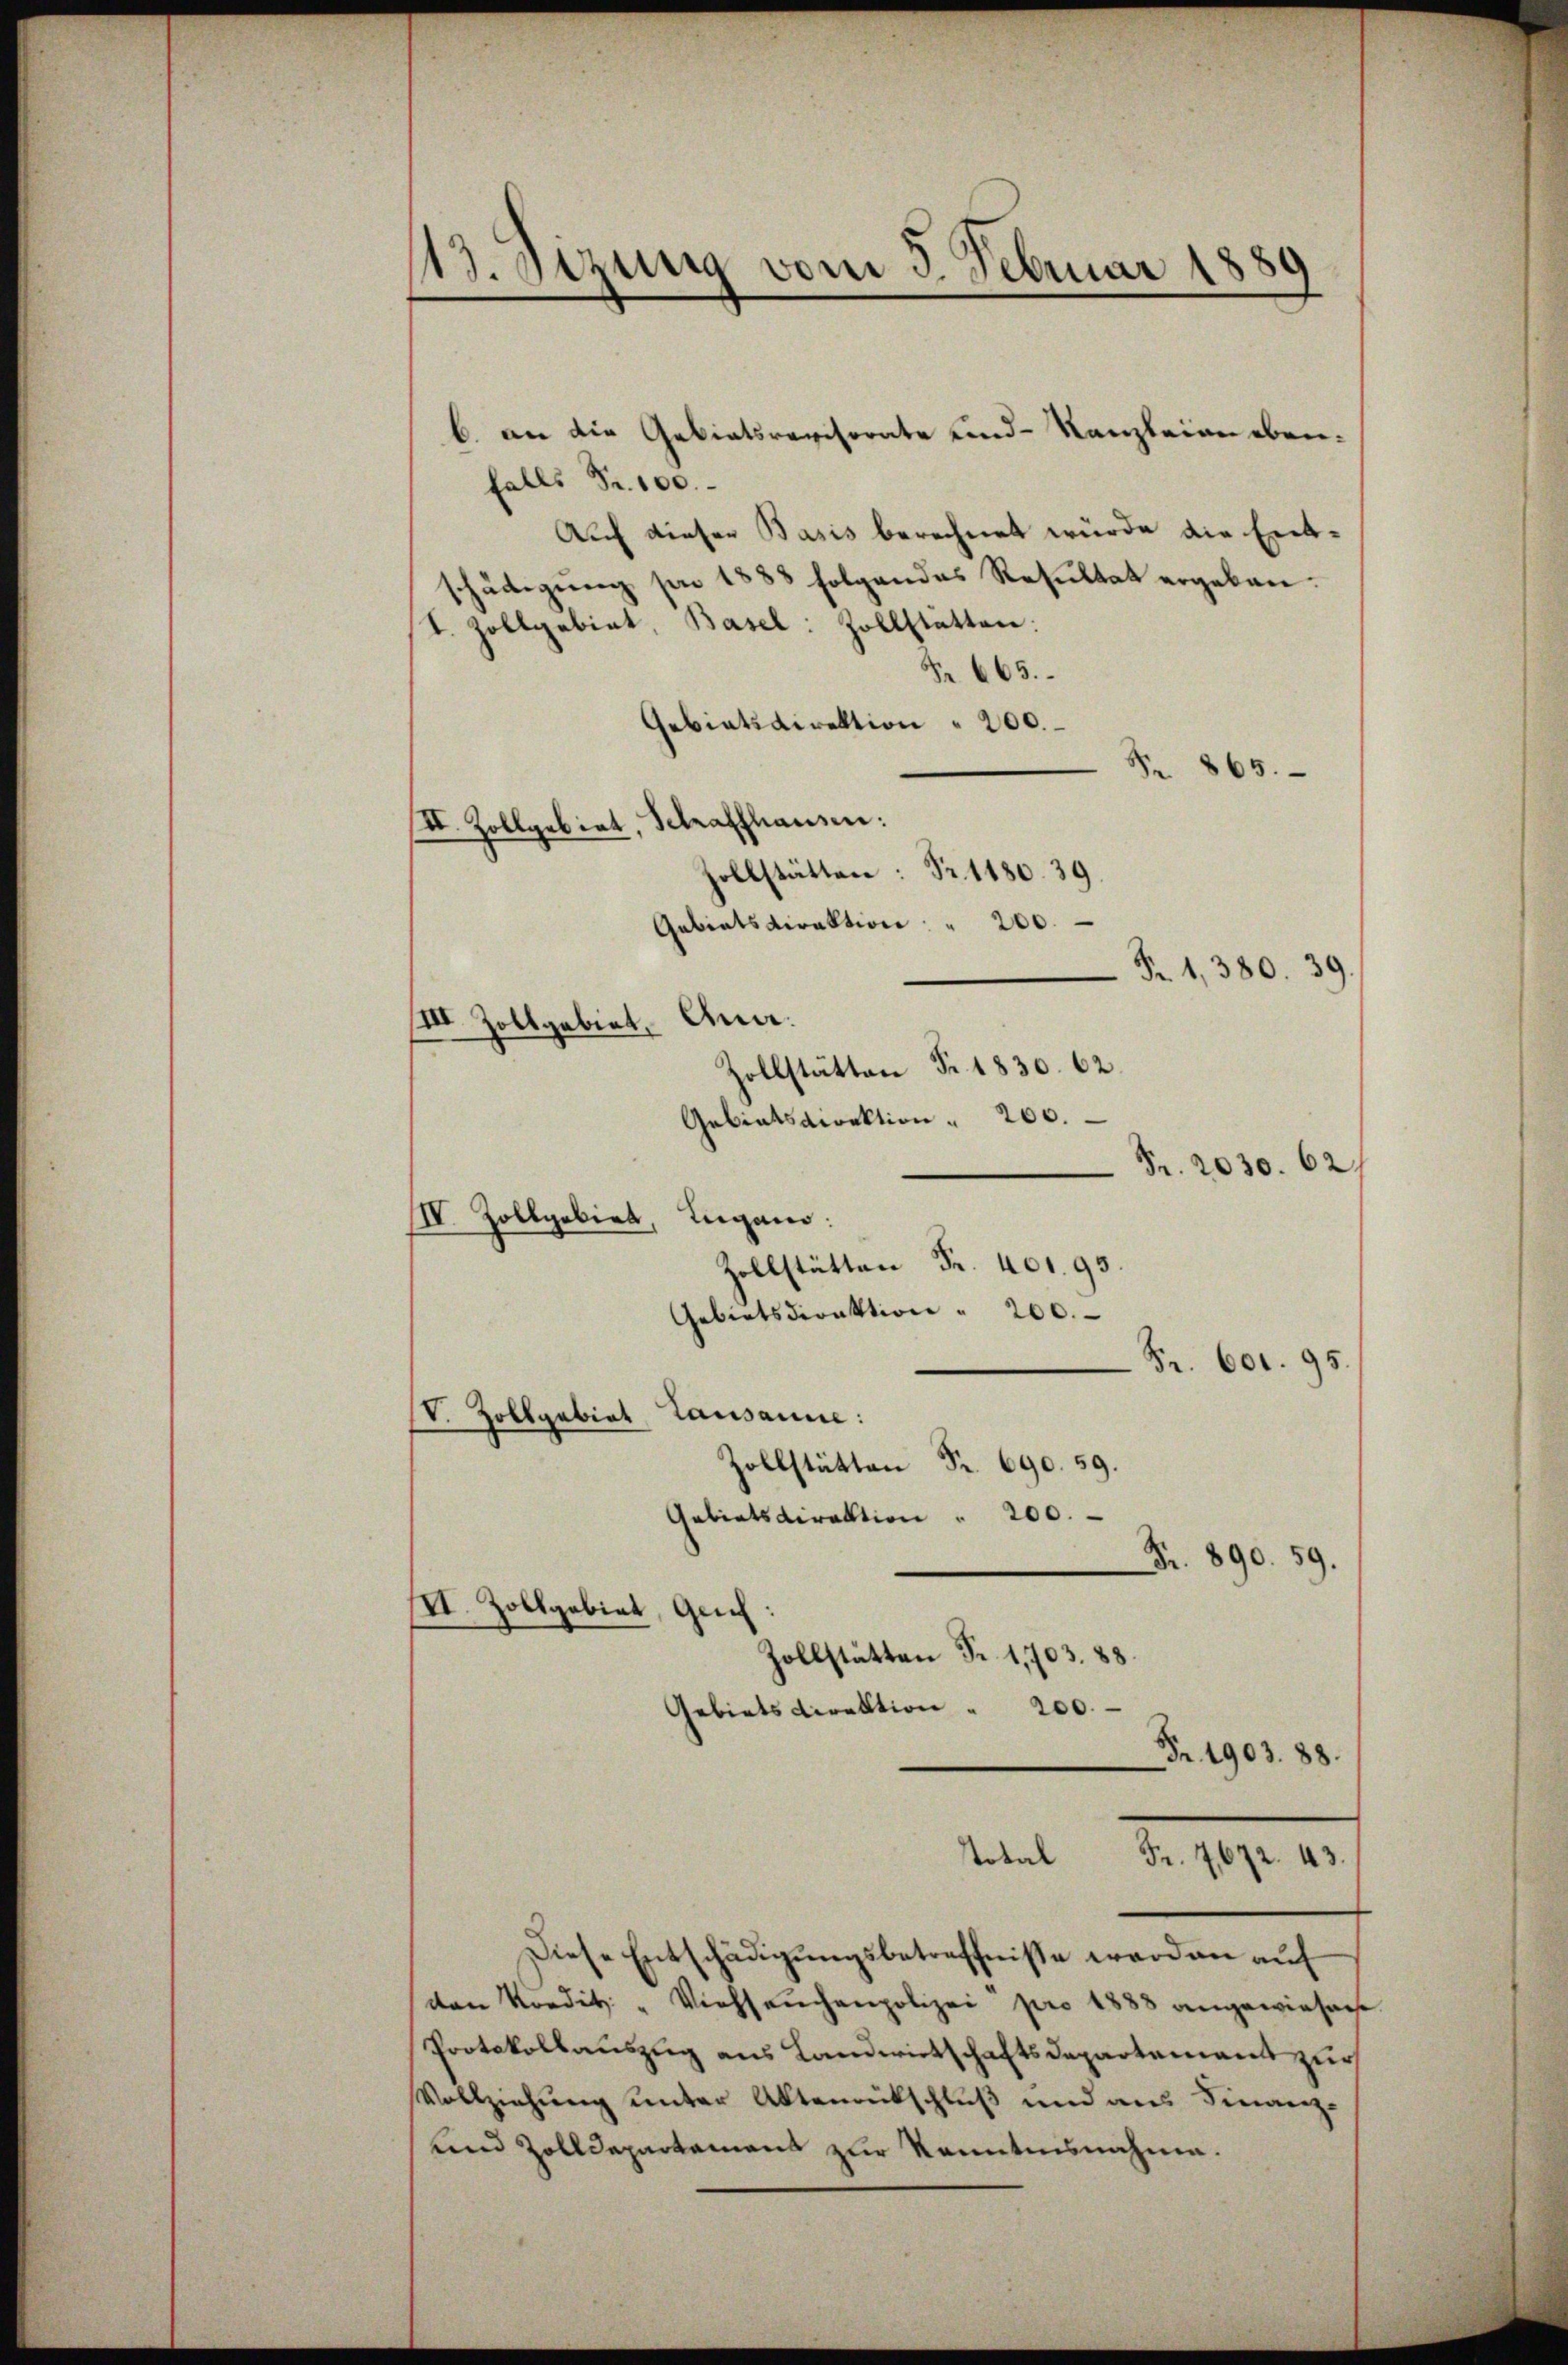
b. an die Gebietsrevisorate und Kanzleien eben.
falls Fr. 100.
Auf dieser Basis berechnet würde die Entschädigung pro 1888 folgendes Resultat ergeben.
I. Zollgebiet, Basel: Zollstätten:
S. 665.
Gebietsdirektion 200.
865.
II. Zollgebiet, Schraffhausen:
Zollstätten: Nr. 1180. 39.
Gebietsdirektion: " 200.
Ana.
III. Zollgabirt.
Zollstätten Fr. 1830. 62.
Gebietsdirektion " 200.
IIV. Zollgobirt, Lugano.
Zollstätten Fr. 401. 95.
Gebietsdirektion " 200.
V. Zollgabiat Lausanne:
Zollstätten Fr. 690. 59.
Gebietsdirektion " 200.
Fr. 890. 59.
III. Zollgebiet, Geich:
Zollstätten Fr. 1,703. 88.
Gebietsdirektion " 200.
Fr. 1903. 88.
Total Fr. 7,672. 43.
Diese Entschädigungsbetreffnisse werden auf
von Nordit. " Viehseuchenpolizei pro 1888 angewiesene
Protokollauszug aus Landwirtschaftsdepartement zur
Vollziehung unter Aktenrückschluß und aus Finanz-
und Zolldepartement zur Kenntnisnahme.

13. Sizung vom 3. Februar 1889

Fr. 1, 380. 39.

Fr. 2030. 62
Fr. 601. 95.